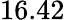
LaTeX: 16.42